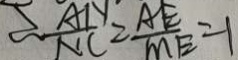
\therefore \frac { A 1 } { N C } = \frac { A E } { M E } = 1